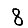
Digit: 8